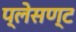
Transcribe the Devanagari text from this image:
प्लेसण्ट